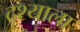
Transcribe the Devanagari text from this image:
दृश्याला